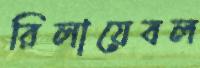
রিলায়েবল